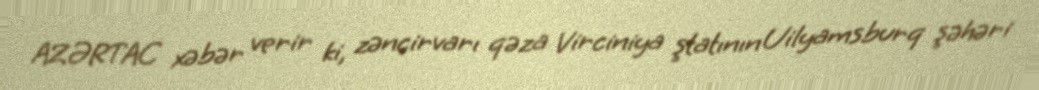
AZƏRTAC xəbər verir ki, zəncirvarı qəza Virciniya ştatının Uilyamsburq şəhəri